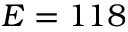
E = 1 1 8